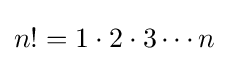
n!=1\cdot 2\cdot 3\cdots n